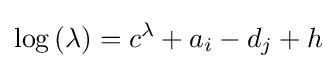
\log \left(\lambda \right)=c^{\lambda }+a_{i}-d_{j}+h